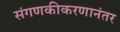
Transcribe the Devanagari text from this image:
संगणकीकरणानंतर